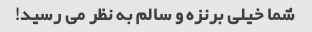
شما خیلی برنزه و سالم به نظر می رسید!